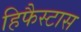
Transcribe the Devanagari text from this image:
हिफैस्टास